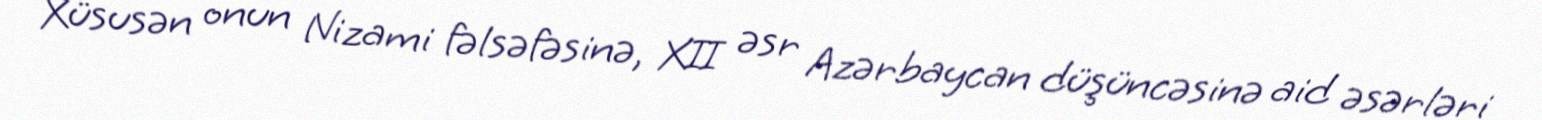
Xüsusən onun Nizami fəlsəfəsinə, XII əsr Azərbaycan düşüncəsinə aid əsərləri